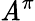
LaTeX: \mathit{A}^{\pi}